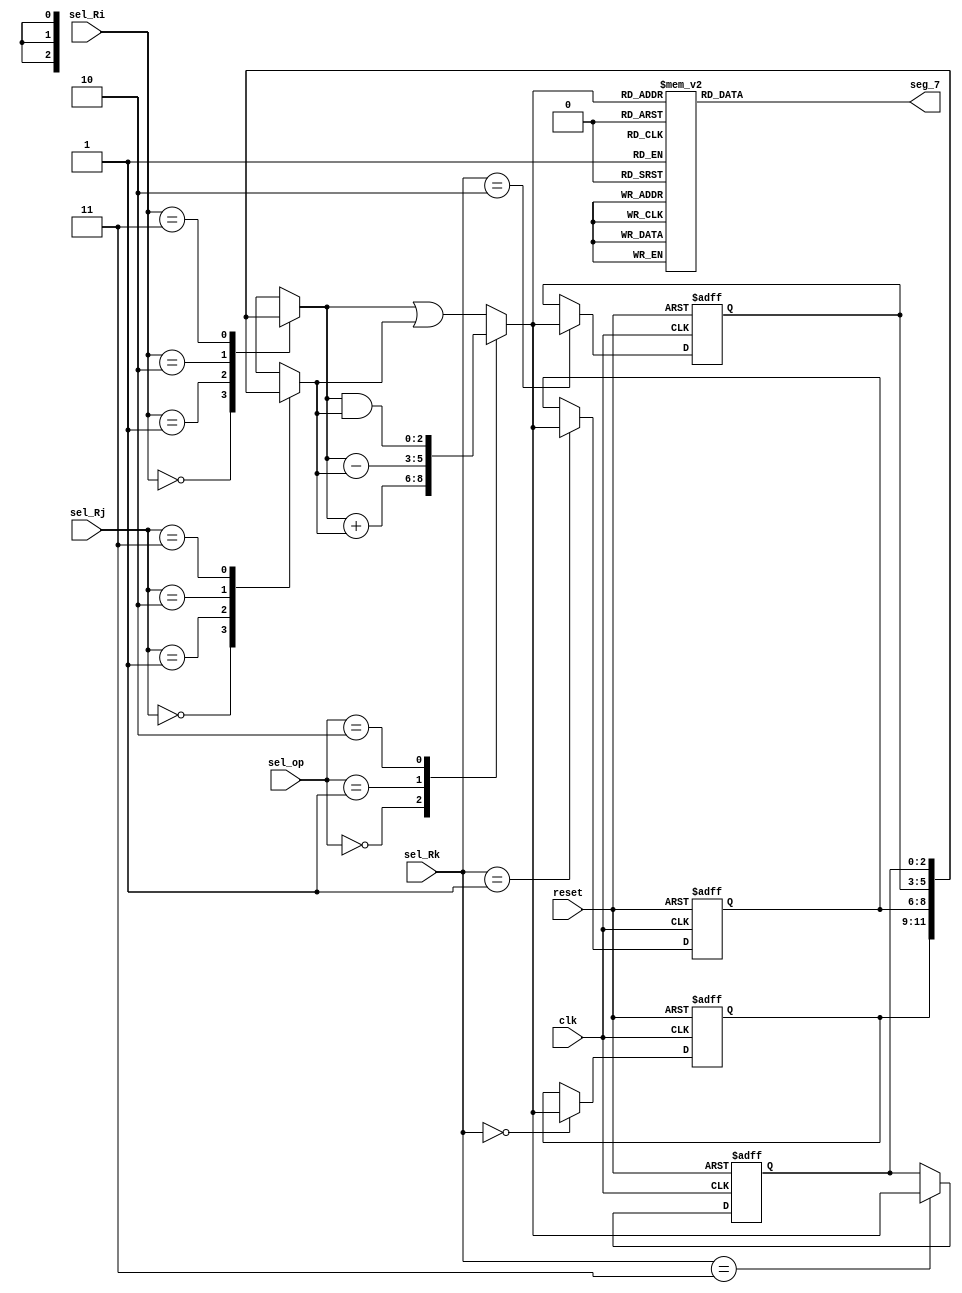
module ALU(clk,
           reset,
           sel_Ri,
           sel_Rj,
           sel_Rk,
           sel_op,
           seg_7);
    //parameter N = 4;
    input clk, reset;
    input [1:0] sel_Ri, sel_Rj, sel_Rk, sel_op;
    output reg [6:0] seg_7; //[abcdefg]
    reg [2:0] Rk, Ri, Rj;
    reg [2:0] R [3:0];
    
    // Data register
    always@(posedge clk, negedge reset)
    begin
        if (reset == 0)
        begin
            R[0] <= 4'b0011;
            R[1] <= 4'b0101;
            R[2] <= 4'b1001;
            R[3] <= 4'b0001;
        end
        else
        begin
            R[sel_Rk] <= Rk;
        end
    end
    
    // selecting Ri
    always@(sel_Ri)
    begin
        Ri <= R[sel_Ri];
    end
    
    // selecting Rj
    always@(sel_Rj)
    begin
        Rj <= R[sel_Rj];
    end
    
    // selecting operator
    always@(sel_op)
    begin
        case(sel_op)
            0: Rk       <= Ri + Rj;
            1: Rk       <= Ri - Rj;
            2: Rk       <= Ri & Rj;
            default: Rk <= Ri | Rj;
        endcase
    end
    
    // 7 segment display
    always@(Rk)
    begin
        case(Rk)
            0: seg_7       = 7'b0000001;
            1: seg_7       = 7'b1001111;
            2: seg_7       = 7'b0010010;
            3: seg_7       = 7'b0000110;
            4: seg_7       = 7'b1001100;
            5: seg_7       = 7'b0100100;
            6: seg_7       = 7'b0100000;
            7: seg_7       = 7'b0001111;
            8: seg_7       = 7'b0000000;
            9: seg_7       = 7'b0001100;
            default: seg_7 = 7'b1111111;
            
        endcase
    end
endmodule